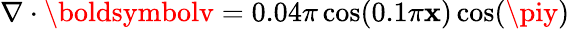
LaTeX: \nabla\cdot{\boldsymbolv}=0.04\pi\cos(0.1\pi\mathbf{x})\cos(\piy)